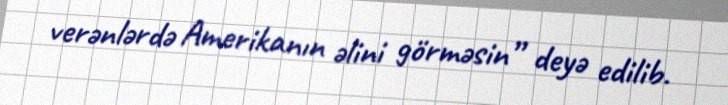
verənlərdə Amerikanın əlini görməsin” deyə edilib.